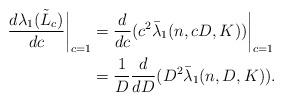
LaTeX: \begin{align*}\frac{d\lambda_1(\tilde{L}_c)}{dc}\biggr|_{c=1} &= \frac{d}{dc}(c^2\bar{\lambda}_1(n,cD,K))\biggr|_{c=1}\\&=\frac{1}{D}\frac{d}{dD}(D^2\bar{\lambda}_1(n,D,K)).\end{align*}